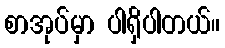
စာအုပ်မှာ ပါရှိပါတယ်။